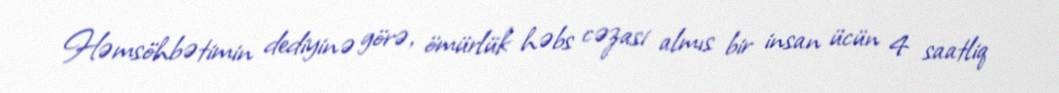
Həmsöhbətimin dediyinə görə, ömürlük həbs cəzasi almıs bir insan ücün 4 saatliq